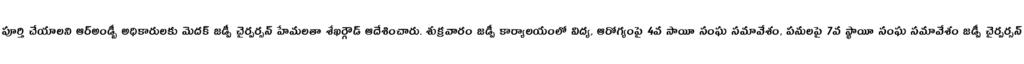
పూర్తి చేయాలని ఆర్అండ్బీ అధికారులకు మెదక్ జడ్పీ చైర్పర్సన్ హేమలతా శేఖర్గౌడ్ ఆదేశించారు. శుక్రవారం జడ్పీ కార్యాలయంలో విద్య, ఆరోగ్యంపై 4వ సాయీ సంఘ సమావేశం, పనులపై 7వ స్థాయీ సంఘ సమావేశం జడ్పీ చైర్పర్సన్